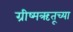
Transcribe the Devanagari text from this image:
ग्रीष्मऋतूच्या